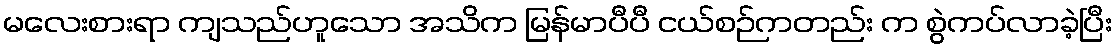
မလေးစားရာ ကျသည်ဟူသော အသိက မြန်မာပီပီ ငယ်စဉ်ကတည်း က စွဲကပ်လာခဲ့ပြီး